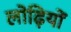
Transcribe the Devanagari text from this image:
लोढ़ियों